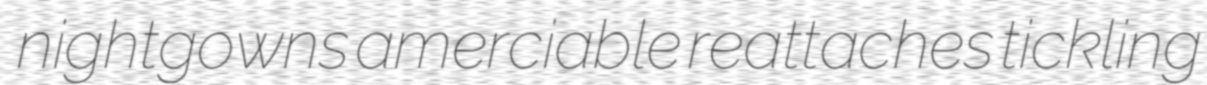
nightgowns amerciable reattaches tickling